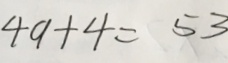
4 9 + 4 = 5 3